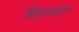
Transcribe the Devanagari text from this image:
विराजत॰